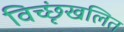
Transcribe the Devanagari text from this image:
विच्छृंखलित